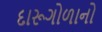
દારૂગોળાનો